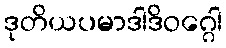
ဒုတိယပမာဒါဒိဝဂ္ဂေါ